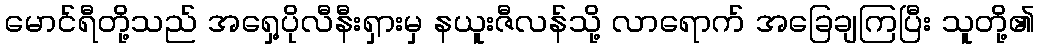
မောင်ရီတို့သည် အရှေ့ပိုလီနီးရှားမှ နယူးဇီလန်သို့ လာရောက် အခြေချကြပြီး သူတို့၏